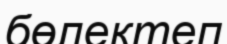
бөлектеп